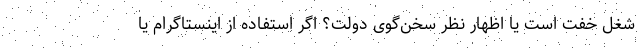
شغل خفت است یا اظهار نظر سخن‌گوی دولت؟ اگر استفاده از اینستاگرام یا